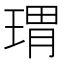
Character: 𱯋